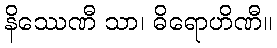
နိဿေဏီ သာ၊ ဓိရောဟိဏီ။